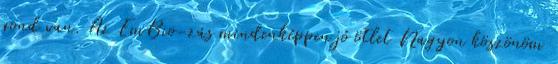
gond van. Az EmBio-zás mindenképpen jó ötlet Nagyon köszönöm